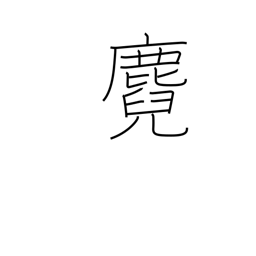
Meaning: fawn